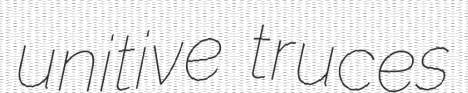
unitive truces